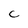
Character: C